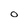
Character: O